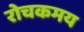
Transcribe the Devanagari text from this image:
रोचकमय